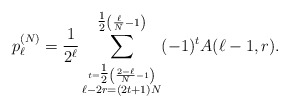
\begin{align*}p_{\ell}^{(N)} = \frac{1}{2^{\ell}} \sum_{\begin{stackrel}{t = \tfrac{1}{2} \left( \frac{2 - \ell}{N}-1 \right)}{\ell - 2r = (2t+1)N}\end{stackrel}}^{\tfrac{1}{2} \left( \frac{\ell}{N}-1 \right)}(-1)^{t} A(\ell-1,r).\end{align*}